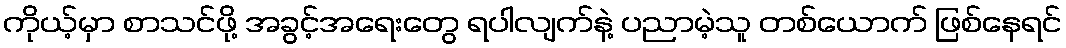
ကိုယ့်မှာ စာသင်ဖို့ အခွင့်အရေးတွေ ရပါလျက်နဲ့ ပညာမဲ့သူ တစ်ယောက် ဖြစ်နေရင်